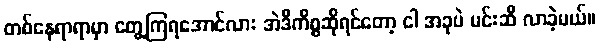
တစ်နေရာရာမှာ တွေ့ကြရအောင်လား အဲဒီကိစ္စဆိုရင်တော့ ငါ အခုပဲ မင်းဆီ လာခဲ့မယ်။